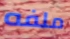
ملفه